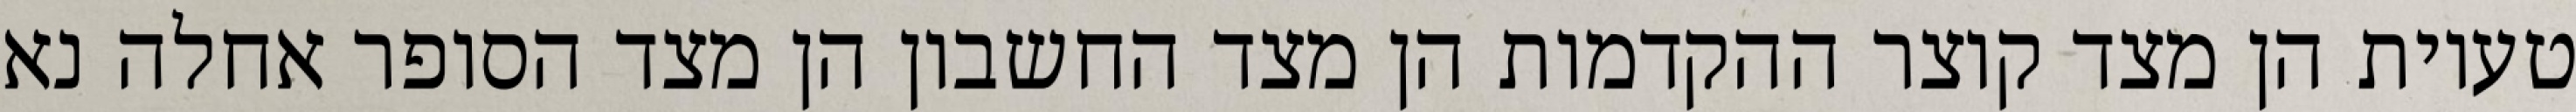
טעיות הן מצד קוצר ההקדמות הן מצד החשבון הן מצד הסופר אחלה נא